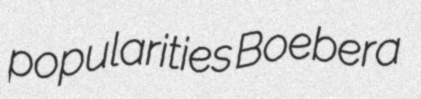
popularities Boebera